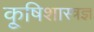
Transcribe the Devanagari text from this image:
कृ्षिशास्त्रज्ञ